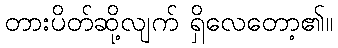
တားပိတ်ဆို့လျက် ရှိလေတော့၏။